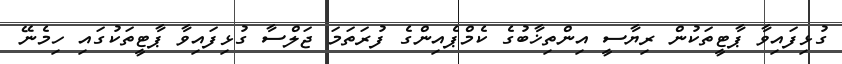
ގުޅިފައިވާ ޕާޓީތަކުން ރިޔާސީ އިންތިޚާބުގެ ކެމްޕެއިންގެ ފުރަތަމަ ޖަލްސާ ގުޅިފައިވާ ޕާޓީތަކުގައި ހިމެނޭ